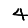
Digit: 4